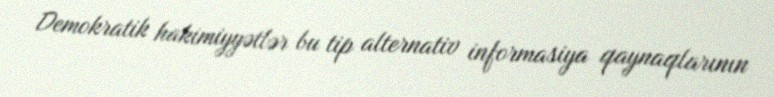
Demokratik hakimiyyətlər bu tip alternativ informasiya qaynaqlarının